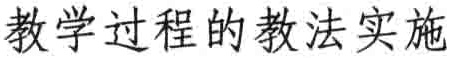
教学过程的教法实施